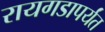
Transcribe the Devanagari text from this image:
रायगडापर्यंत